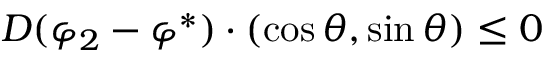
D ( \varphi _ { 2 } - \varphi ^ { * } ) \cdot ( \cos \theta , \sin \theta ) \leq 0